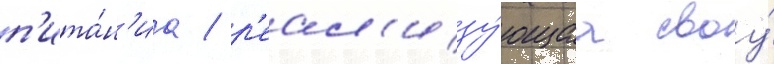
п'ита́н'иа / р'еал'изу́ющаа своу́